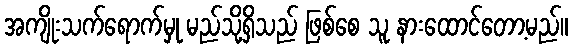
အကျိုးသက်ရောက်မှု မည်သို့ရှိသည် ဖြစ်စေ သူ နားထောင်တော့မည်။